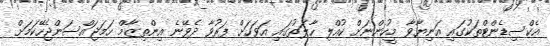
އެކްސިޑެންޓްތަކުގައި އަނިޔާވާ މީހުންނަށް ކުއްލި ހާލަތުގައި އަވަހަށް ފަރުވާ ދެވޭނެ އިންތިޒާމް ހަމަޖައްސަންޖެހޭކަމަށް